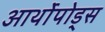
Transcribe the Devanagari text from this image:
आर्थोपोड्स